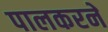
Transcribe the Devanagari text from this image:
पालकरने